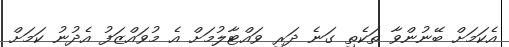
އެކަމަށް ބޭނުންވާ ތަކެތި ގަނެ ދަރި ވައްޓާލުމަށް އެ މުވައްޒަފު އެދުނު ކަމަށް